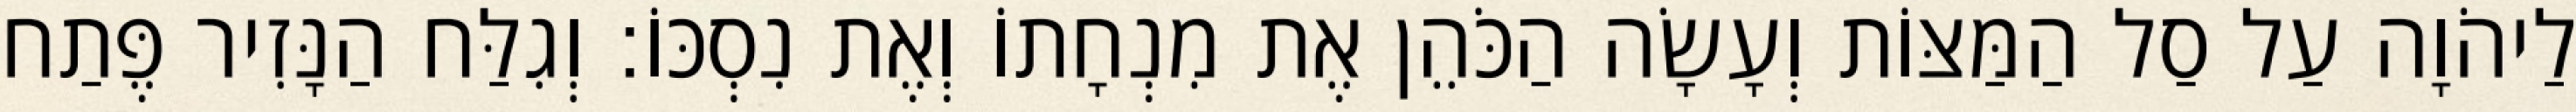
לַיהֹוָה עַל סַל הַמַּצּוֹת וְעָשָׂה הַכֹּהֵן אֶת מִנְחָתוֹ וְאֶת נִסְכּוֹ׃ וְגִלַּח הַנָּזִיר פֶּתַח